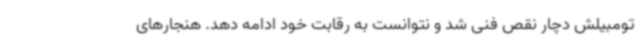
تومبیلش دچار نقص فنی شد و نتوانست به رقابت خود ادامه دهد. هنجارهای